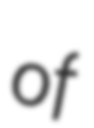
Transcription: of